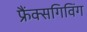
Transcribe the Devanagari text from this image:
फ्रैंक्सगिविंग